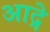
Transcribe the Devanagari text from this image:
आद्रे